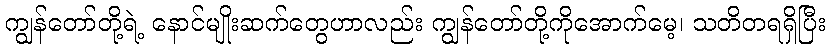
ကျွန်တော်တို့ရဲ့ နောင်မျိုးဆက်တွေဟာလည်း ကျွန်တော်တို့ကိုအောက်မေ့၊ သတိတရရှိပြီး